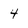
Character: 4